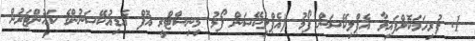
1. ފުރިހަމަކޮށްފައިވާ އެޕްލިކޭޝަން ފޯމު (އެޕްލިކޭޝަން ފޯމު މިނިސްޓްރީ އޮފް އެޑިއުކޭޝަނުންގެ ކައުންޓަރުން